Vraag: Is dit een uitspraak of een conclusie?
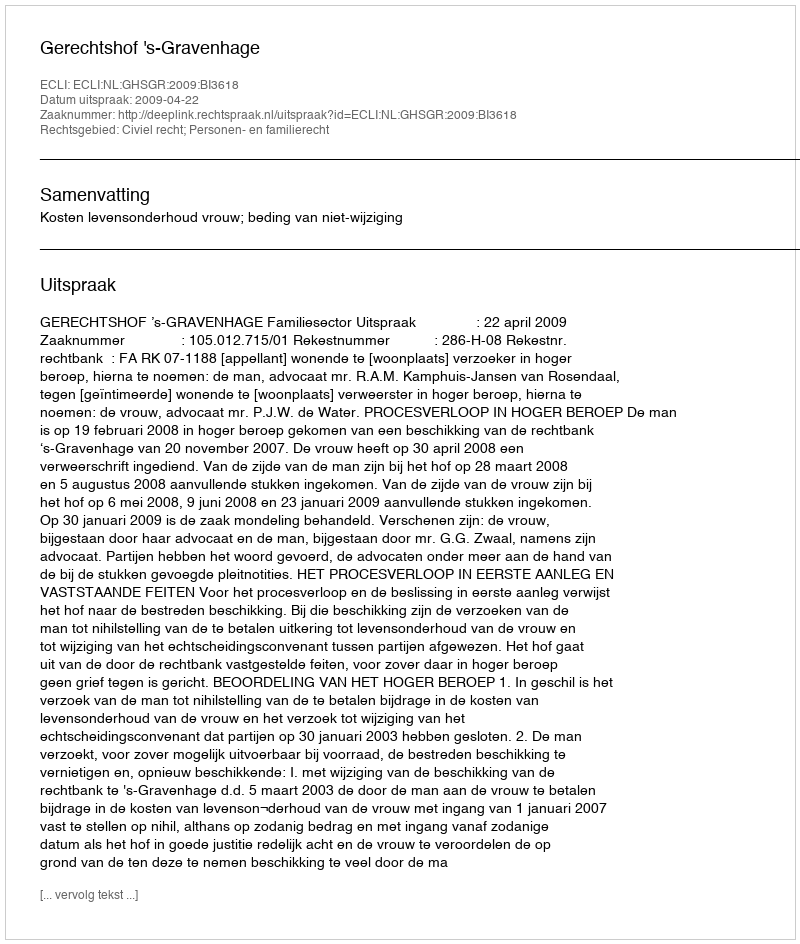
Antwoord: Uitspraak